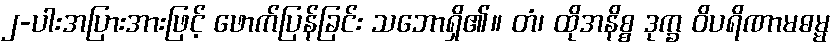
၂-ပါးအပြားအားဖြင့် ဖောက်ပြန်ခြင်း သဘောရှိ၏။ တံ၊ ထိုအနိစ္စ ဒုက္ခ ဝိပရိဏာမဓမ္မ